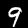
Digit: 9